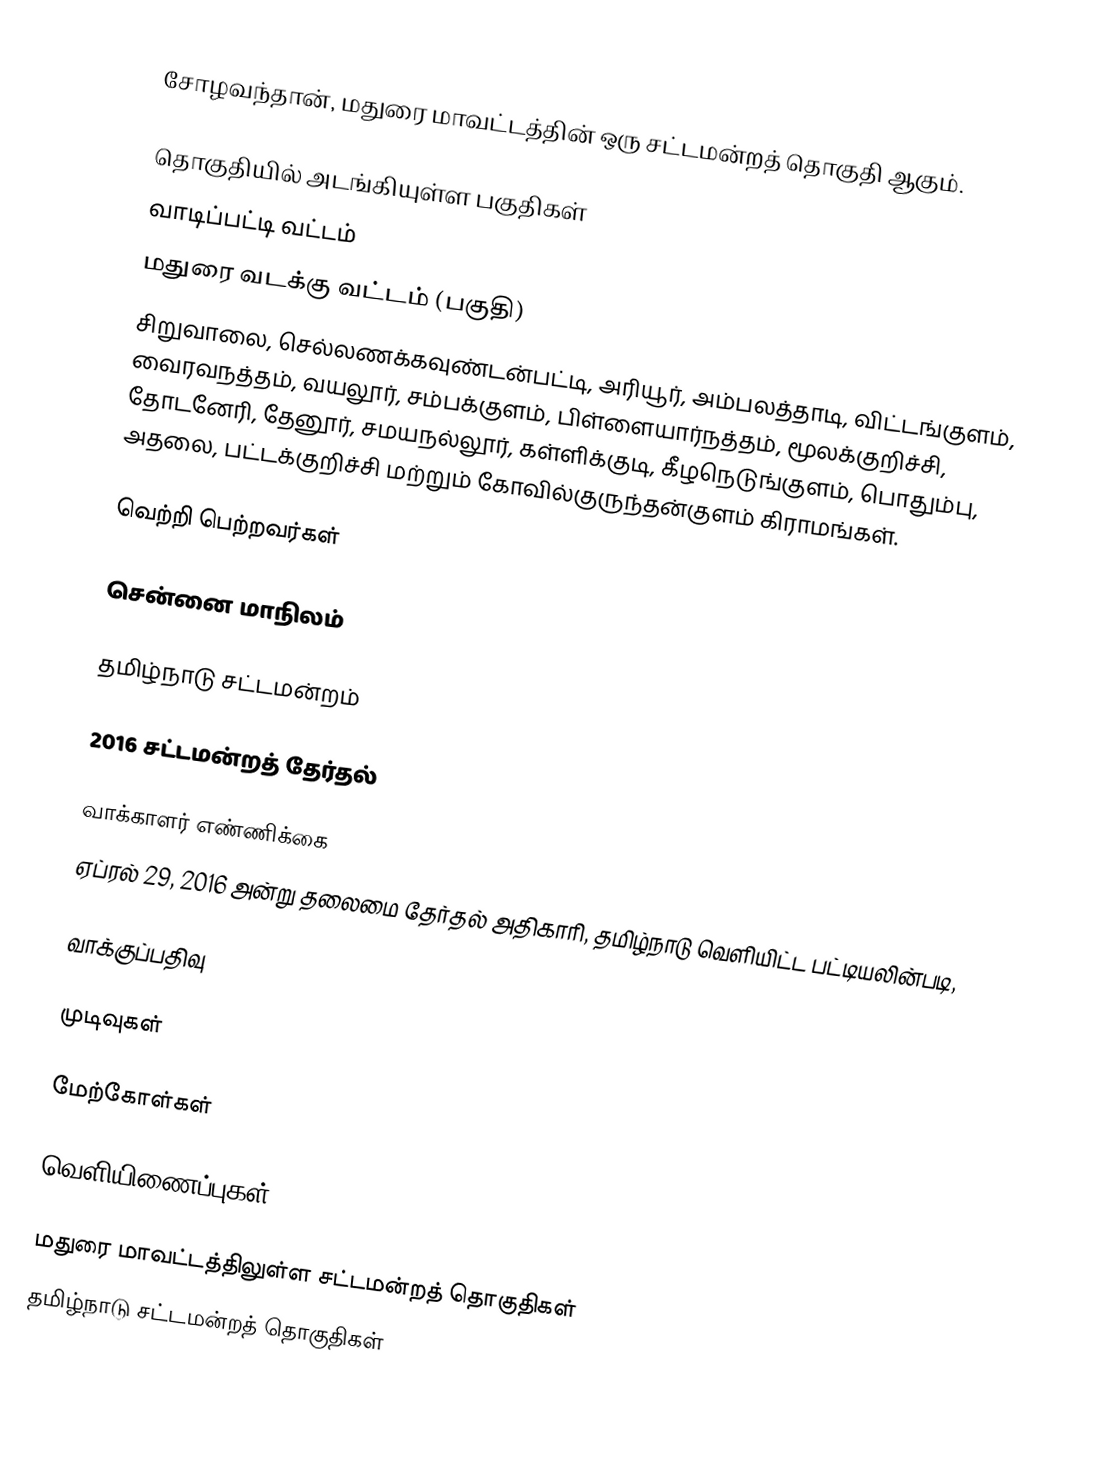
சோழவந்தான், மதுரை மாவட்டத்தின் ஒரு சட்டமன்றத் தொகுதி ஆகும்.

தொகுதியில் அடங்கியுள்ள பகுதிகள்
வாடிப்பட்டி வட்டம்
மதுரை வடக்கு வட்டம் (பகுதி)
சிறுவாலை, செல்லணக்கவுண்டன்பட்டி, அரியூர், அம்பலத்தாடி, விட்டங்குளம், வைரவநத்தம், வயலூர், சம்பக்குளம், பிள்ளையார்நத்தம், மூலக்குறிச்சி, தோடனேரி, தேனூர், சமயநல்லூர், கள்ளிக்குடி, கீழநெடுங்குளம், பொதும்பு, அதலை, பட்டக்குறிச்சி மற்றும் கோவில்குருந்தன்குளம் கிராமங்கள்.

வெற்றி பெற்றவர்கள்

சென்னை மாநிலம்

தமிழ்நாடு சட்டமன்றம்

2016 சட்டமன்றத் தேர்தல்

வாக்காளர் எண்ணிக்கை
ஏப்ரல் 29, 2016 அன்று தலைமை தேர்தல் அதிகாரி, தமிழ்நாடு வெளியிட்ட பட்டியலின்படி,

வாக்குப்பதிவு

முடிவுகள்

மேற்கோள்கள்

வெளியிணைப்புகள்

மதுரை மாவட்டத்திலுள்ள சட்டமன்றத் தொகுதிகள்
தமிழ்நாடு சட்டமன்றத் தொகுதிகள்